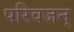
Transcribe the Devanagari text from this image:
परिवजन्